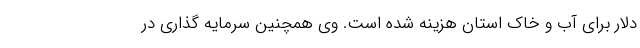
دلار برای آب و خاک استان هزینه شده است. وی همچنین سرمایه گذاری در